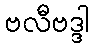
ဗလီဗဒ္ဒါ